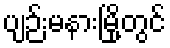
ပျဉ်းမနားမြို့တွင်